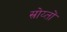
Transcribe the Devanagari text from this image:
स्रोय्तों